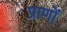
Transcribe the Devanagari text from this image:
प्राणोँ